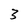
Character: 3